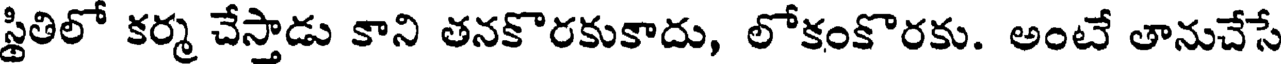
స్థితిలో కర్మ చేస్తాడు కాని తనకొరకుకాదు, లోకంకొరకు. అంటే తానుచేసే